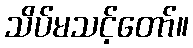
သိပ်မသင့်တော်။